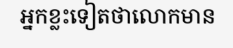
អ្នកខ្លះទៀតថាលោកមាន